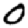
Digit: 0